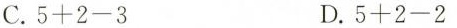
C.5+2-3 D.5+2-2